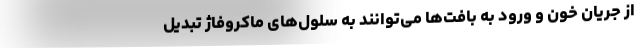
از جریان خون و ورود به بافت‌ها می‌توانند به سلول‌های ماکروفاژ تبدیل